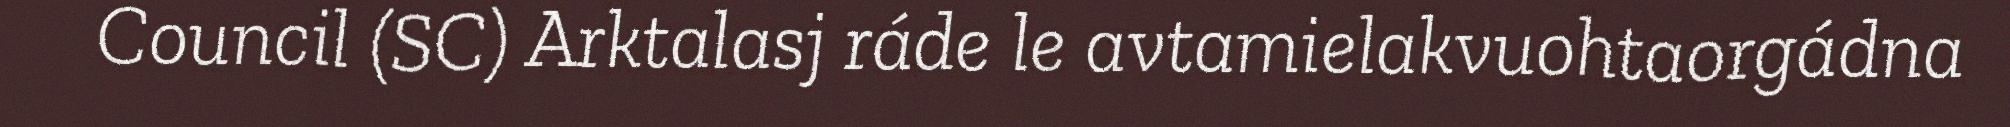
Council (SC) Arktalasj ráde le avtamielakvuohtaorgádna